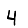
Digit: 4